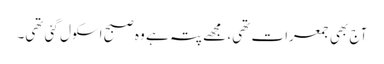
آج بھی جمعرات تھی، مجھے پتہ ہے وہ صبح اسکول گئی تھی۔